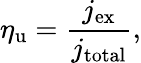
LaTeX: \eta_{\mathrm{u}}=\frac{j_{\mathrm{ex}}}{j_{\mathrm{total}}},